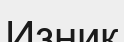
Изник